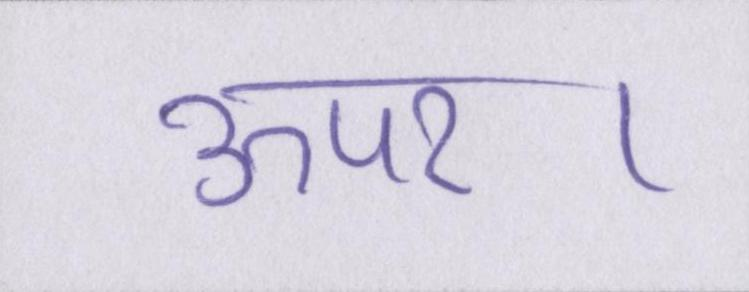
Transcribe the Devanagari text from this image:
ऊपर।